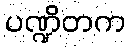
ပဏ္ဍိတက